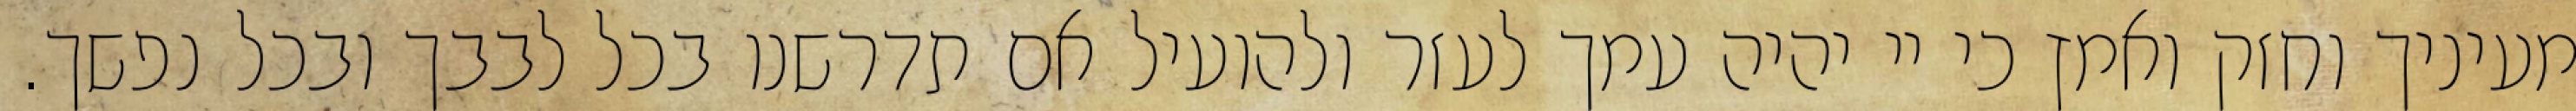
מעיניך וחזק ואמץ כי יי יהיה עמך לעזר ולהועיל אם תדרשנו בכל לבבך ובכל נפשך.